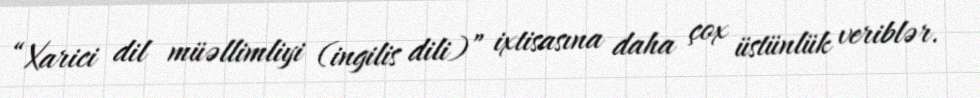
“Xarici dil müəllimliyi (ingilis dili)” ixtisasına daha çox üstünlük veriblər.